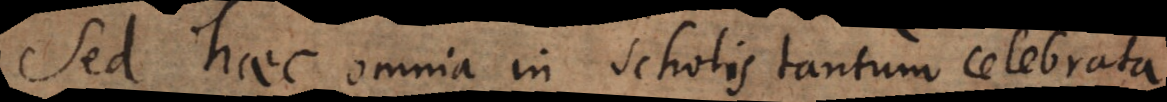
Sed haec omnia in scholis tantum celebrata,